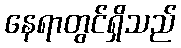
နေရာတွင်ရှိသည်